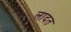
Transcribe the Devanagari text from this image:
लादत